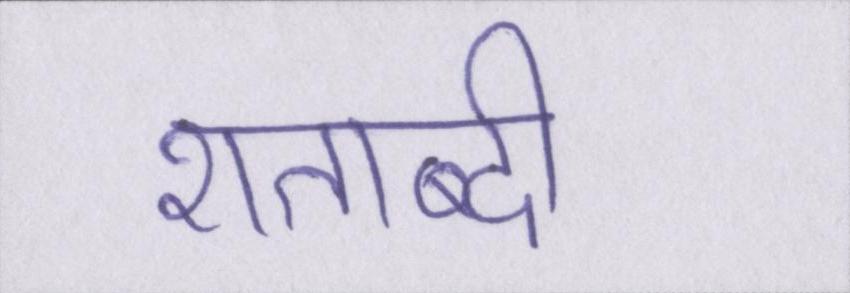
शताब्दी